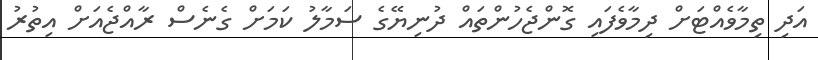
އަދި ތިމާވެއްޓަށް ދިމާވެފައި ގޮންޖެހުންތައް ދުނިޔޭގެ ސަމާލު ކަމަށް ގެނެސް ރާއްޖެއަށް އިތުރު